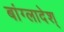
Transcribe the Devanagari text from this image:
बांग्लादेश्